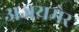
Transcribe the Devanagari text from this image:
अजयमेर